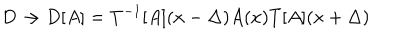
D \rightarrow D [ A ] = T ^ { - 1 } [ A ] ( x - \Delta ) A ( x ) T [ A ] ( x + \Delta )